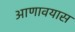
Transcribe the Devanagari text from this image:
आणावयास